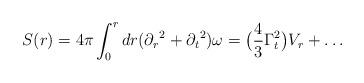
LaTeX: \begin{align*}S(r) = 4\pi \int _0^r dr ({\partial_r}^2 + {\partial_t}^2)\omega = \bigl( \frac {4}{3} \Gamma_t^2 \bigl)V_r + \ldots\end{align*}